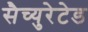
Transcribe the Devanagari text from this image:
सैच्युरेटेड